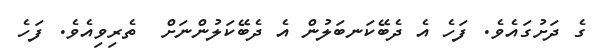
ގެ ދަށުގައެވެ. ފަހެ އެ ދެބޭކަނބަލުން އެ ދެބޭކަލުންނަށް  ތެރިވިއެވެ. ފަހެ